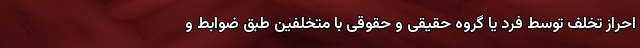
احراز تخلف توسط فرد یا گروه حقیقی و حقوقی با متخلفین طبق ضوابط و